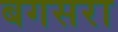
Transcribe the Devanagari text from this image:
बगसरा